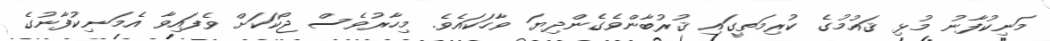
މަނިކުފާނު މުޅި ޤައުމުގެ ކުރިމަތީގައި ޤުރުބާންވެގެންދިޔަ ވާހަކައެވެ. މިހާރުވެސް ޖޯކަކަށް ވެފައިވާ އެމަނިކުފާނުގެ